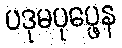
ပဒုမပုပ္ဖေန